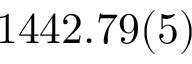
1 4 4 2 . 7 9 ( 5 )